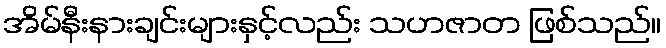
အိမ်နီးနားချင်းများနှင့်လည်း သဟဇာတ ဖြစ်သည်။